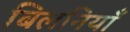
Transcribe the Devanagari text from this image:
बिलनियाँ